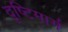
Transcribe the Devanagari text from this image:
दृष्टिमार्ग